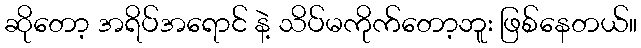
ဆိုတော့ အရိပ်အရောင် နဲ့ သိပ်မကိုက်တော့ဘူး ဖြစ်နေတယ်။